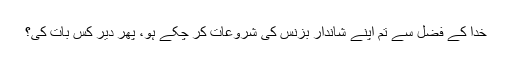
خدا کے فضل سے تم اپنے شاندار بزنس کی شروعات کر چکے ہو، پھر دیر کس بات کی؟